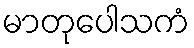
မာတုပေါသကံ